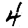
Digit: 4